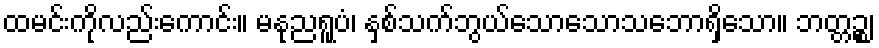
ထမင်းကိုလည်းကောင်း။ မနုညရူပံ၊ နှစ်သက်ဘွယ်သောသောသဘောရှိသော။ ဘတ္တဉ္စ၊